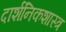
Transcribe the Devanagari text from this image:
दार्शनिकशास्त्र